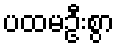
ပထမဦးစွာ